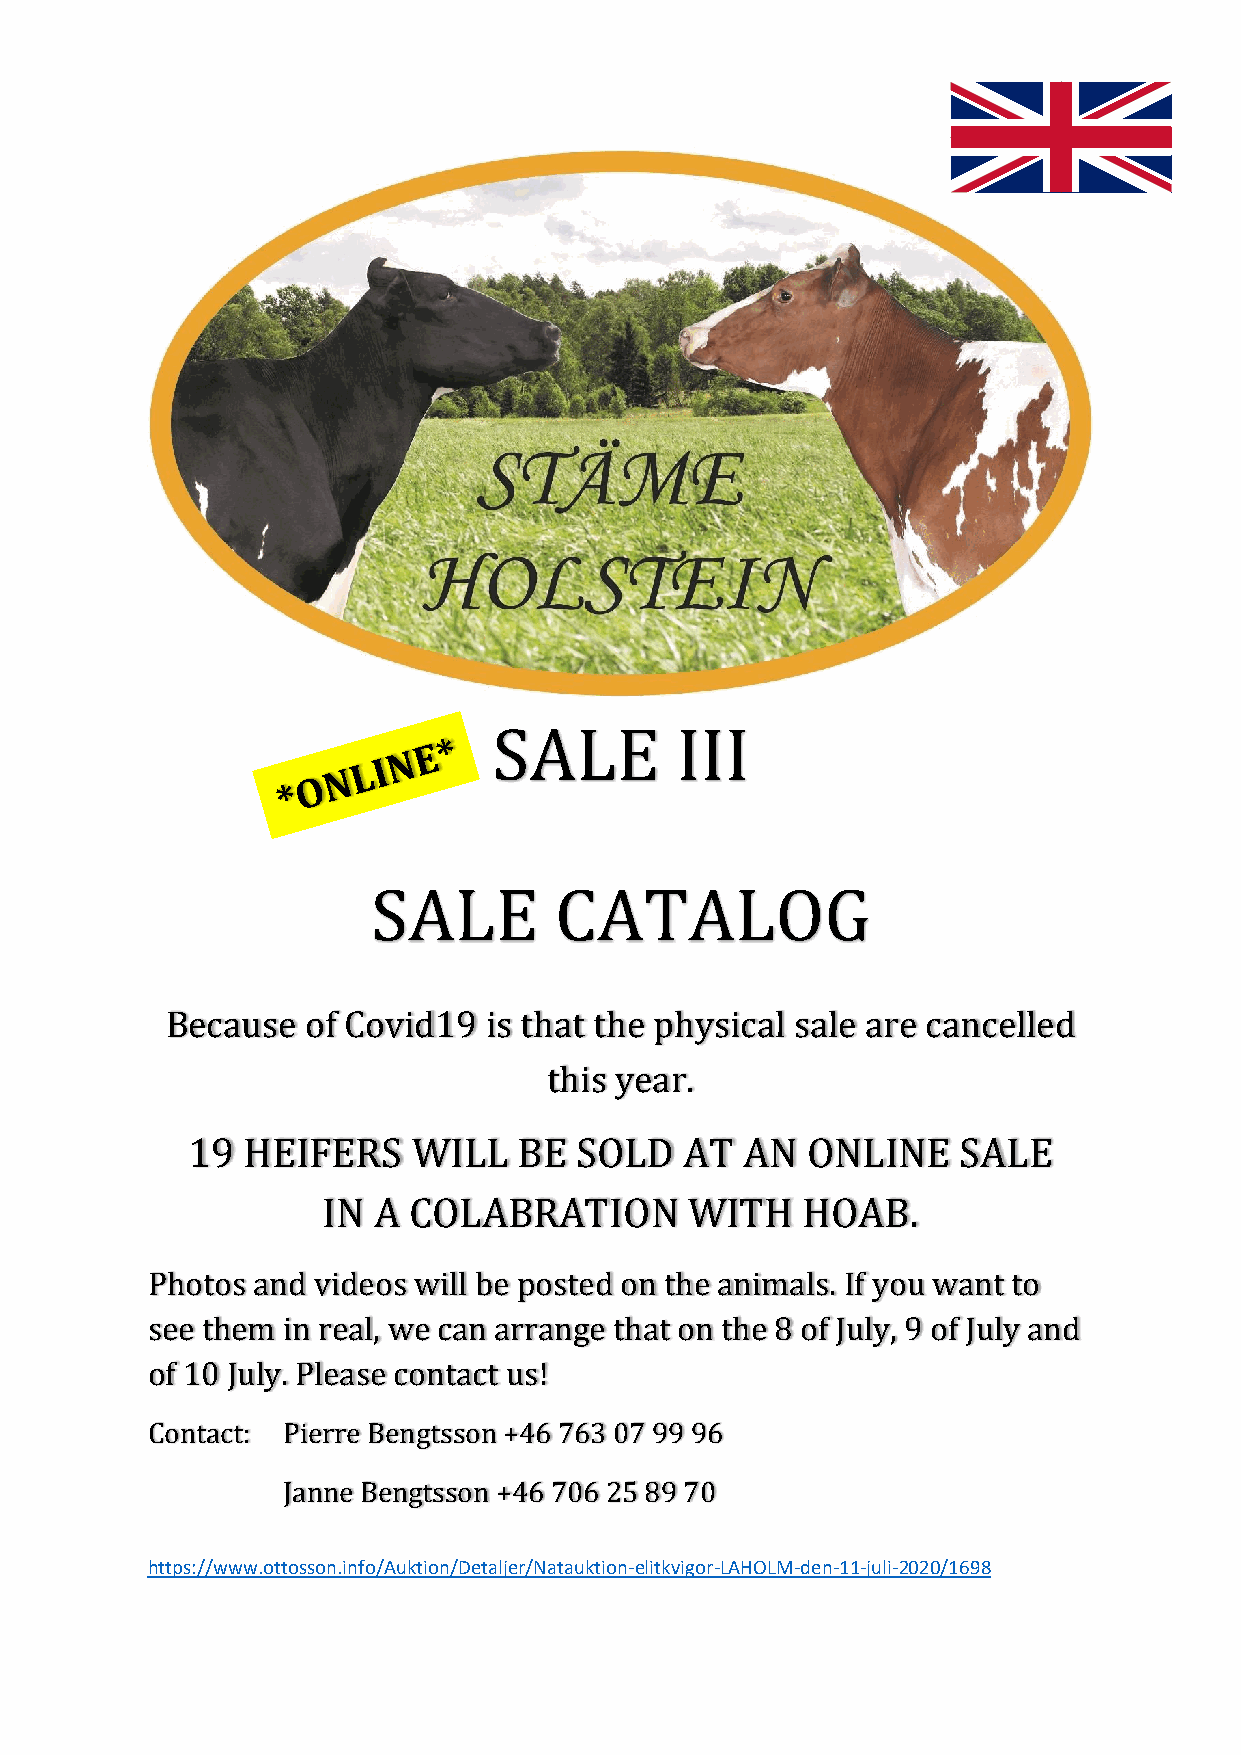
SALE        III
 SALE        CATALOG
 Because  of Covid19  is that the physical sale are cancelled
 this year.
 19  HEIFERS    WILL   BE  SOLD   AT  AN  ONLINE     SALE
 IN  A COLABRATION        WITH   HOAB.
 Photos and videos will be posted on the animals. If you want to
 see them in real, we can arrange that on the 8 of July, 9 of July and
 of 10 July. Please contact us!
 Contact: Pierre Bengtsson +46 763 07 99 96
 Janne Bengtsson +46 706 25 89 70
 https://www.ottosson.info/Auktion/Detaljer/Natauktion-elitkvigor-LAHOLM-den-11-juli-2020/1698